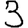
Digit: 3